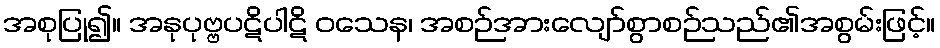
အစုပြု၍။ အနုပုဗ္ဗပဋိပါဋိ ဝသေန၊ အစဉ်အားလျော်စွာစဉ်သည်၏အစွမ်းဖြင့်။